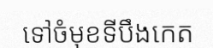
ទៅចំមុខទីបឹងកេត